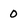
Character: 0